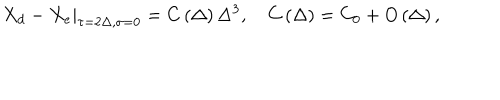
\left. X _ { d } - X _ { e } \right| _ { \tau = 2 \Delta , \sigma = 0 } = C \left( \Delta \right) \Delta ^ { 3 } , \quad C \left( \Delta \right) = C _ { 0 } + O \left( \Delta \right) ,